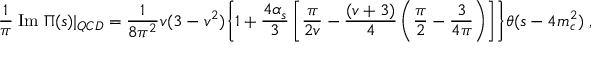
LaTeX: \frac { 1 } { \pi } \; \mathrm { I m } \; \Pi ( s ) | _ { Q C D } = \frac { 1 } { 8 \pi ^ { 2 } } v ( 3 - v ^ { 2 } ) \Biggl \{ 1 + \frac { 4 \alpha _ { s } } { 3 } \left[ \frac { \pi } { 2 v } - \frac { ( v + 3 ) } { 4 } \left( \frac { \pi } { 2 } - \frac { 3 } { 4 \pi } \right) \right] \Biggr \} \theta ( s - 4 m _ { c } ^ { 2 } ) \; ,